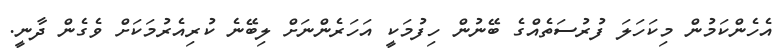
އެހެންކަމުން މިކަހަލަ ފުރުސަތެއްގެ ބޭނުން ހިފުމަކީ އަހަރެންނަށް ލިބޭނެ ކުރިއެރުމަކަށް ވެގެން ދާނީ.